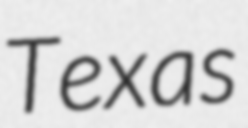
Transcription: Texas